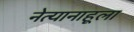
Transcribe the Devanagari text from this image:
नेत्यानाहूला